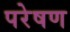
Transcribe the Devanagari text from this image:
परेषण